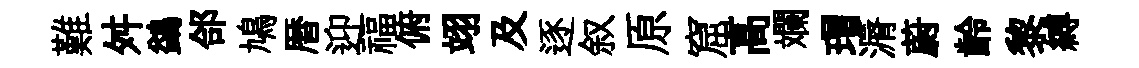
難舛鷁郃鳩暦迎福俯翊及逐叙原窟高斕瑁漘蔚齡黎縛